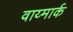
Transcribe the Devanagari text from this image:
वाय्मार्क